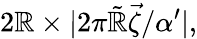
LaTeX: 2\mathbb{R}\times|2\pi\tilde{{\mathbb{R}}}\vec{{\zeta}}/\alpha^{\prime}|,